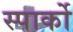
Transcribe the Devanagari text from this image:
स्पार्को